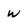
Character: w